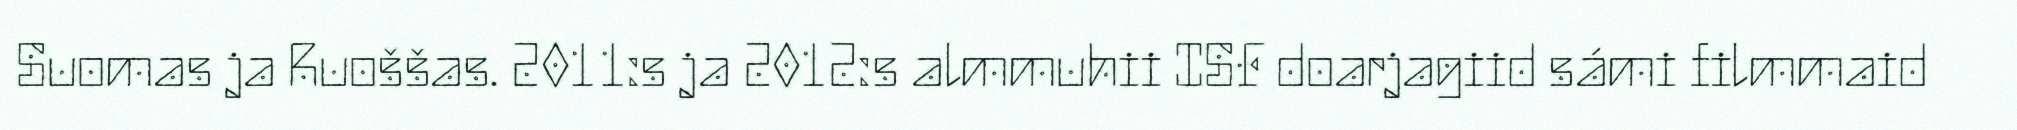
Suomas ja Ruoššas. 2011:s ja 2012:s almmuhii ISF doarjagiid sámi filmmaid